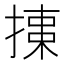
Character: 𢱠